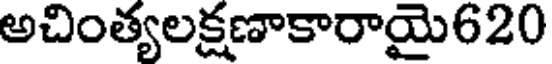
అచింత్యలక్షణాకారాయై620